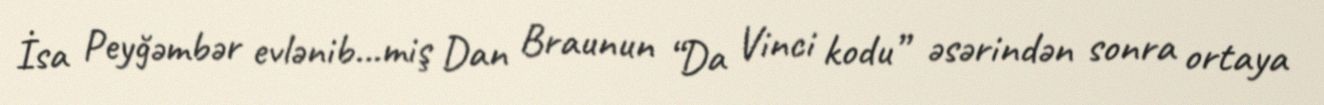
İsa Peyğəmbər evlənib...miş Dan Braunun “Da Vinci kodu” əsərindən sonra ortaya